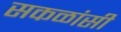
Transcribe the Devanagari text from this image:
सकळांसी